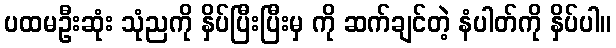
ပထမဦးဆုံး သုံညကို နှိပ်ပြီးပြီးမှ ကို ဆက်ချင်တဲ့ နံပါတ်ကို နှိပ်ပါ။